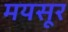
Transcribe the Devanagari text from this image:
मयसूर